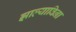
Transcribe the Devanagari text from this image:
झाल्याविना